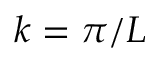
k = \pi / L